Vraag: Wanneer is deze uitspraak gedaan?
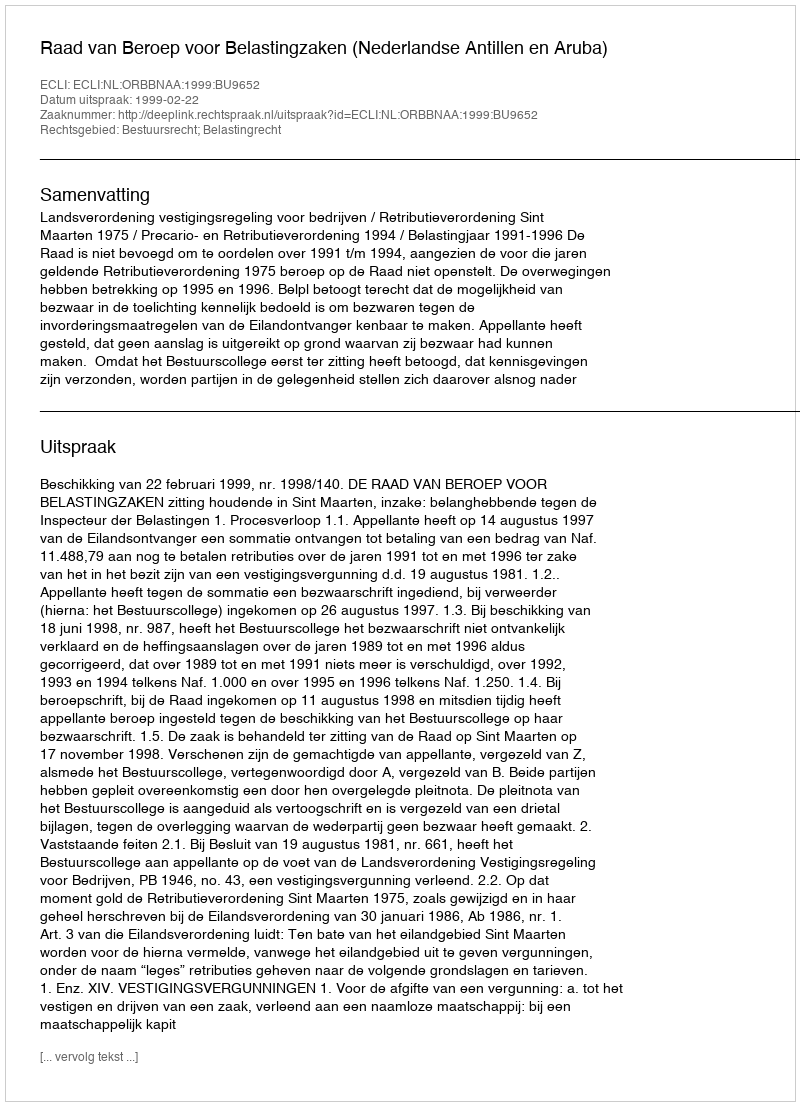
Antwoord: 1999-02-22